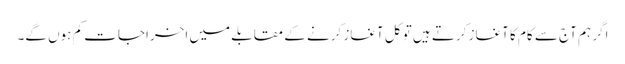
اگر ہم آج سے کام کا آغاز کرتے ہیں تو کل آغاز کرنے کے مقابلے میں اخراجات کم ہوں گے۔